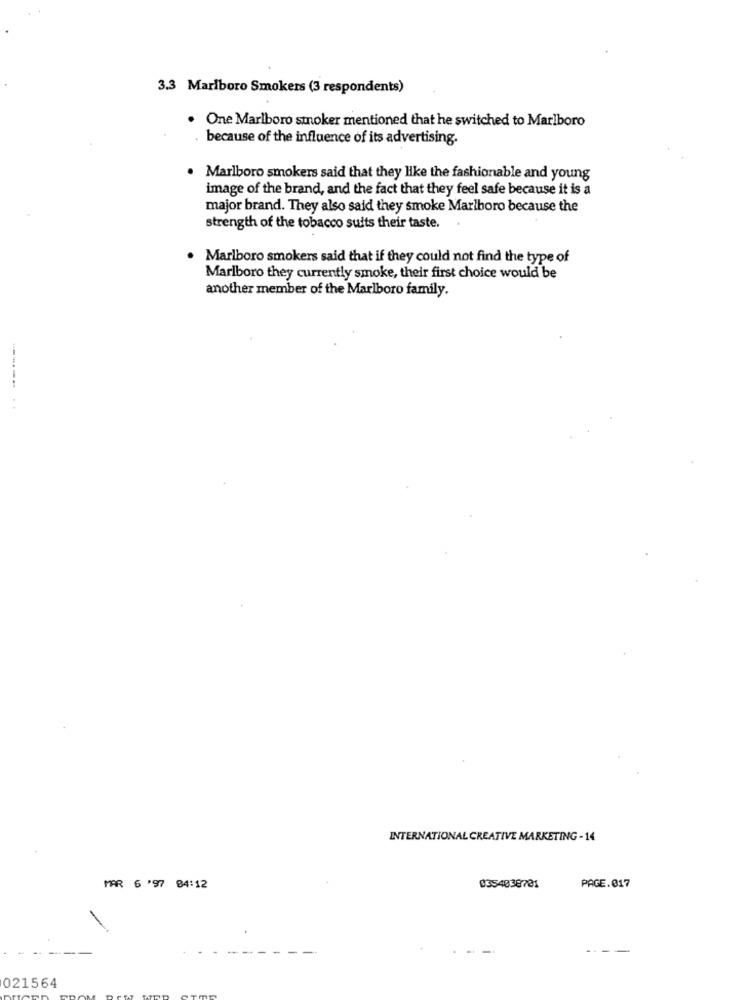
3.3 Marlboro Smokers (3 respondents)
One Marlboro stoker mentioned that he switched to Marlboro
because of the influence of its advertising.
. Marlboro smokers said that they like the fashionable and young
image of the brand, and the fact that they feel safe because it is a
major brand. They also said they smoke Marlboro because the
strength of the tobacco suits their taste.
. Marlboro smokers said that if they could not find the type of
Marlboro they currently smoke, their first choice would be
another member of the Marlboro family.
INTERNATIONAL CREATIVE MARKETING -14
PAGE.017
MAR 6 '97 84:12
0354038781
021564